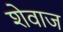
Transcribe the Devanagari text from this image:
शेवाज